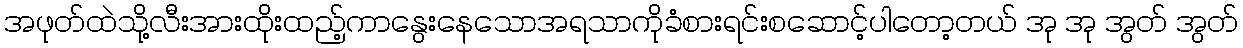
အဖုတ်ထဲသို့လီးအားထိုးထည့်ကာနွေးနေသောအရသာကိုခံစားရင်းစဆောင့်ပါတော့တယ် အု အု အွတ် အွတ်